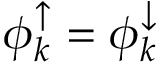
\phi _ { k } ^ { \uparrow } = \phi _ { k } ^ { \downarrow }